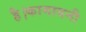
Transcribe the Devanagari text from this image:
है।कामायनी